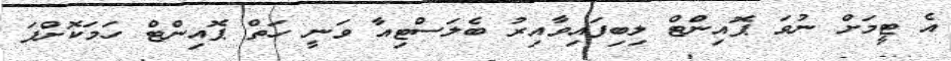
އެ ޓީމަށް ނުވަ ޕޮއިންޓް ލިބިފައިވާއިރު ބެލަސްޓިއާ ވަނީ ހަތް ޕޮއިންޓް ހަމަކޮށްފަ